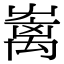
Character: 𡴥